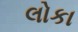
લોકા